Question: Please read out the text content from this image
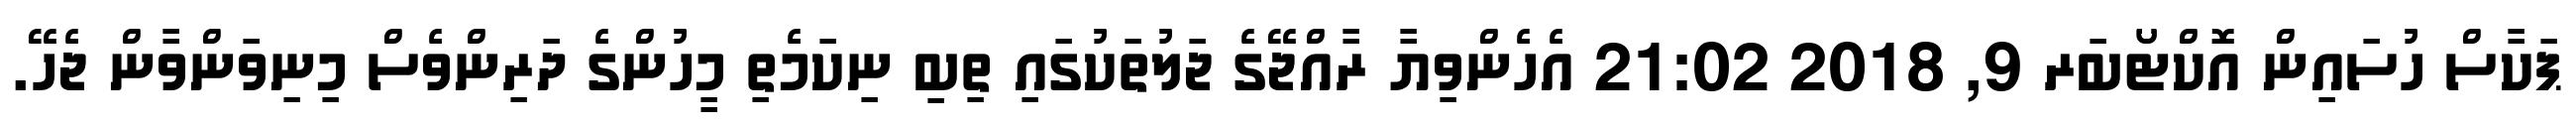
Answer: ޕަކާސް ހުސައިން އޮކްޓޯބަރ 9, 2018 21:02 އެހެންވިޔާ ރާއްޖޭގެ ޖަލުތަކުގައި ތިބި ނިކަމެތި މީހުންގެ ދަރިންވެސް މިނިވަންވާން ޖެހޭ.